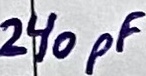
Text: 240pF